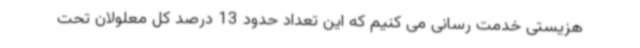
هزیستی خدمت رسانی می کنیم که این تعداد حدود 13 درصد کل معلولان تحت